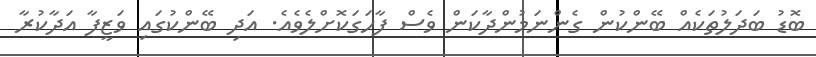
ބޮޑު ބަދަލުތަކެއް ބޭންކުން ގެންނަމުންދާކަން ވެސް ފާހަގަކޮށްލެވެއެ. އަދި ބޭންކުގައި ވަޒީފާ އަދާކުރާ